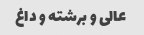
عالی و برشته و داغ